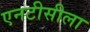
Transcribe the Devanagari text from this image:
एनटीसीला